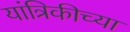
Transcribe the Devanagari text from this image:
यांत्रिकीच्या